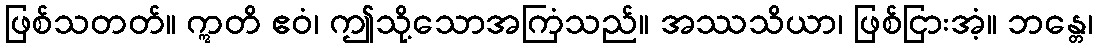
ဖြစ်သတတ်။ ဣတိ ဧဝံ၊ ဤသို့သောအကြံသည်။ အဿသိယာ၊ ဖြစ်ငြားအံ့။ ဘန္တေ၊